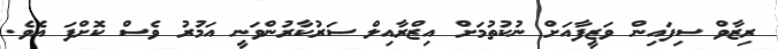
ރިޒާވް ސިފައިން ވަޒީފާއަށް ނުކުތުމަށް އިޒްރާއިލް ސަރުކާރުންވަނީ އަމުރު ވެސް ކޮށްފަ އެވެ.